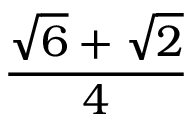
\frac { { \sqrt { 6 } } + { \sqrt { 2 } } } { 4 }